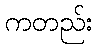
ကတည်း